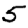
Digit: 5